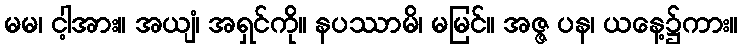
မမ၊ ငါ့အား။ အယျံ၊ အရှင်ကို။ နပဿာမိ၊ မမြင်။ အဇ္ဇ ပန၊ ယနေ့၌ကား။